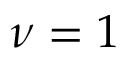
\nu = 1